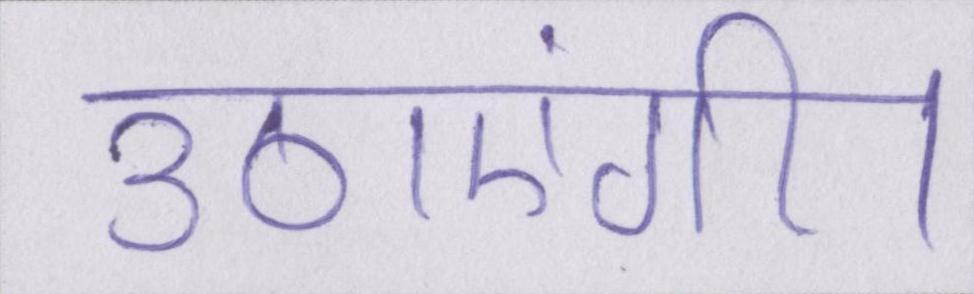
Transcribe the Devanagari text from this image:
उठाएंगी।